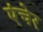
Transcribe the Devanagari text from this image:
एंचेर